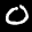
Label: 0